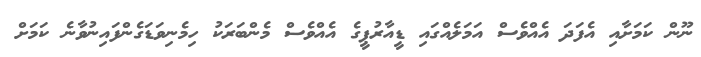
ނޫން ކަމަށާއި އެފަދަ އެއްވެސް އަމަލެއްގައި ޑީއާރުޕީގެ އެއްވެސް މެންބަރަކު ހިމެނިވަޑަގެންފައިނުވާނެ ކަމަށް